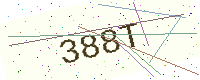
Text: 388T